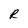
Character: R